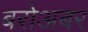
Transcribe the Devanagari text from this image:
बरोअबर